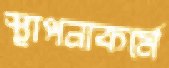
স্থাপনাকর্মে